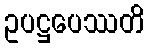
ဥပဋ္ဌပေဿတိ